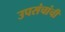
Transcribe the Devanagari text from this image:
उपसंचांची